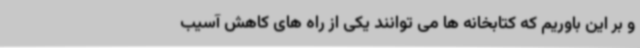
و بر این باوریم که کتابخانه ها می توانند یکی از راه های کاهش آسیب